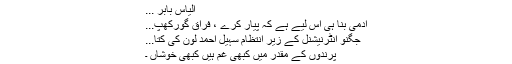
الیاس بابر ...
آدمی بنا ہی اِس لیے ہے کہ پیار کرے ، فراق ؔگورکھپ...
جگنو انٹرنیشنل کے زیرِ انتظام سہیل احمد لون کی کتا...
پرندوں کے مقدر میں کبھی غم ہیں کبھی خوشاں ۔